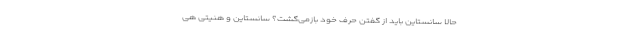
حالا سانستاین باید از گفتن حرف خود بازمی‌گشت؟ سانستاین و هنیتی هی